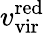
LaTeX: v_{\mathrm{vir}}^{\mathrm{red}}